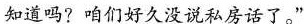
知道吗?咱们好久没说私房话了。